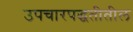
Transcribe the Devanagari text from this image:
उपचारपद्धतीतील